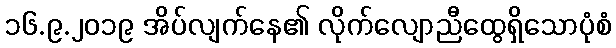
၁၆.၉.၂၀၁၉ အိပ်လျက်နေ၏ လိုက်လျောညီထွေရှိသောပုံစံ